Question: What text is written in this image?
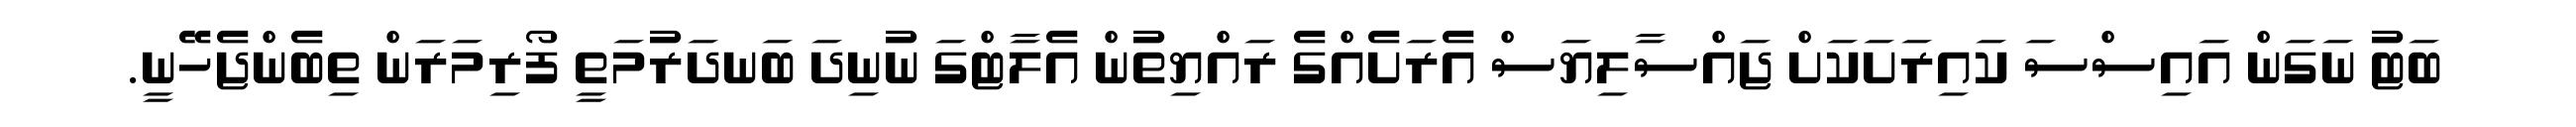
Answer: ބަޓު ނަގަން އައިސްސަ ކައިރަށަކަށް ޖައްސާލިޔަސް އެރަށެއްގެ ރައްޔިތުން އެލާޓްގަ ނުނިދަ ބަނދަރުމަތީ ފޯރިމަރަން ތިބެންޖެހޭނީ.